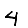
Digit: 4